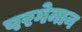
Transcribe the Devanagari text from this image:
परगेमान